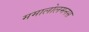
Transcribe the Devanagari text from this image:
ममालोलमनस